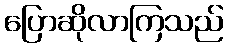
ပြောဆိုလာကြသည်